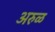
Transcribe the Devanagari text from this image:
अरुळ